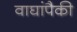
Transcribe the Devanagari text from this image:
वाघांपैकी